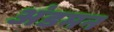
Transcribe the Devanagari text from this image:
अंडमन